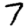
Digit: 7